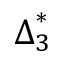
{ \boldsymbol { \Delta } } _ { 3 } ^ { * }